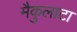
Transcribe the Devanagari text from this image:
मैकुलाटा